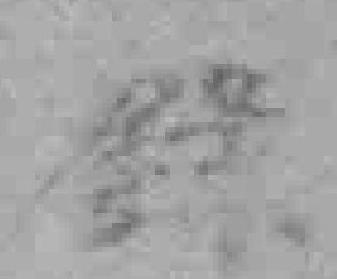
錄